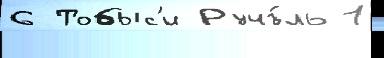
6 Тобыс'и Ручъ́ль 1